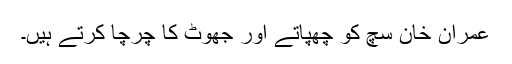
عمران خان سچ کو چھپاتے اور جھوٹ کا چرچا کرتے ہیں۔